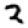
Digit: 2